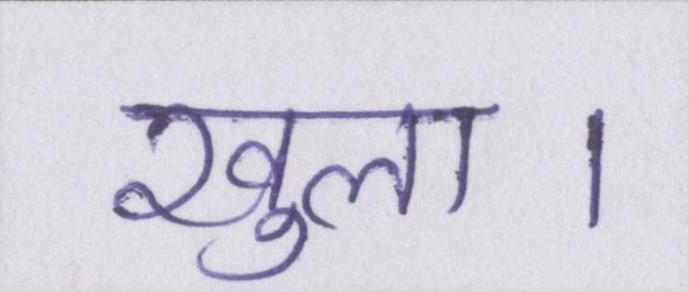
खुला।